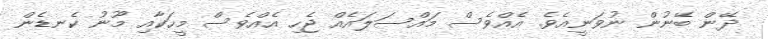
ދޭން ބޭނުން ނުވަނީއެވެ. އެއްވެސް މައްސަލައެއް ޖެހި އެއްވެސް މީހަކާއި މޫނު ކެނޑެން